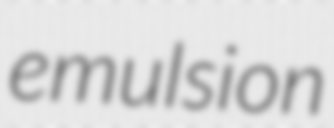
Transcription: emulsion